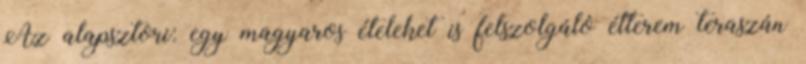
Az alapsztori: egy magyaros ételeket is felszolgáló étterem teraszán